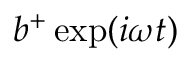
b ^ { + } \exp ( i \omega t )